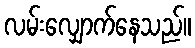
လမ်းလျှောက်နေသည်။